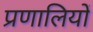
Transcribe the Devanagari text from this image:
प्रणालियों